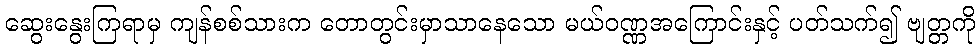
ဆွေးနွေးကြရာမှ ကျန်စစ်သားက တောတွင်းမှာသာနေသော မယ်ဝဏ္ဏအကြောင်းနှင့် ပတ်သက်၍ ဗျတ္တကို